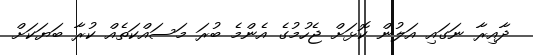
ދާއިރާ ނަގައި އަލުން ކޮޅަށް ޖެހުމުގެ އެންމެ ބުރަ މަސައްކަތެއް ކުރާ ބަޔަކަށް